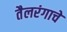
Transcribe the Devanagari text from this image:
तैलरंगाचे